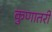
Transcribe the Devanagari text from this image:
कुणातरी